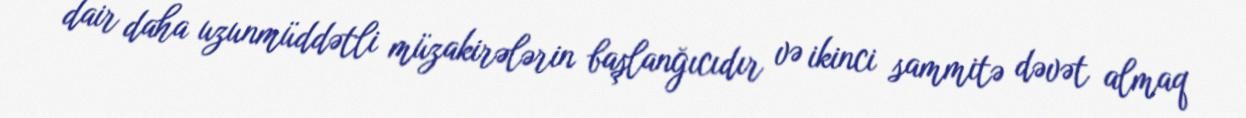
dair daha uzunmüddətli müzakirələrin başlanğıcıdır və ikinci sammitə dəvət almaq